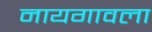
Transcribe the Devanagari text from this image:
नायगावला